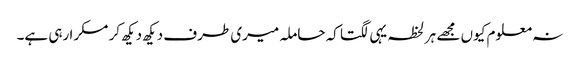
نہ معلوم کیوں مجھے ہر لحظہ یہی لگتا کہ حاملہ میری طرف دیکھ دیکھ کر مسکرا رہی ہے۔